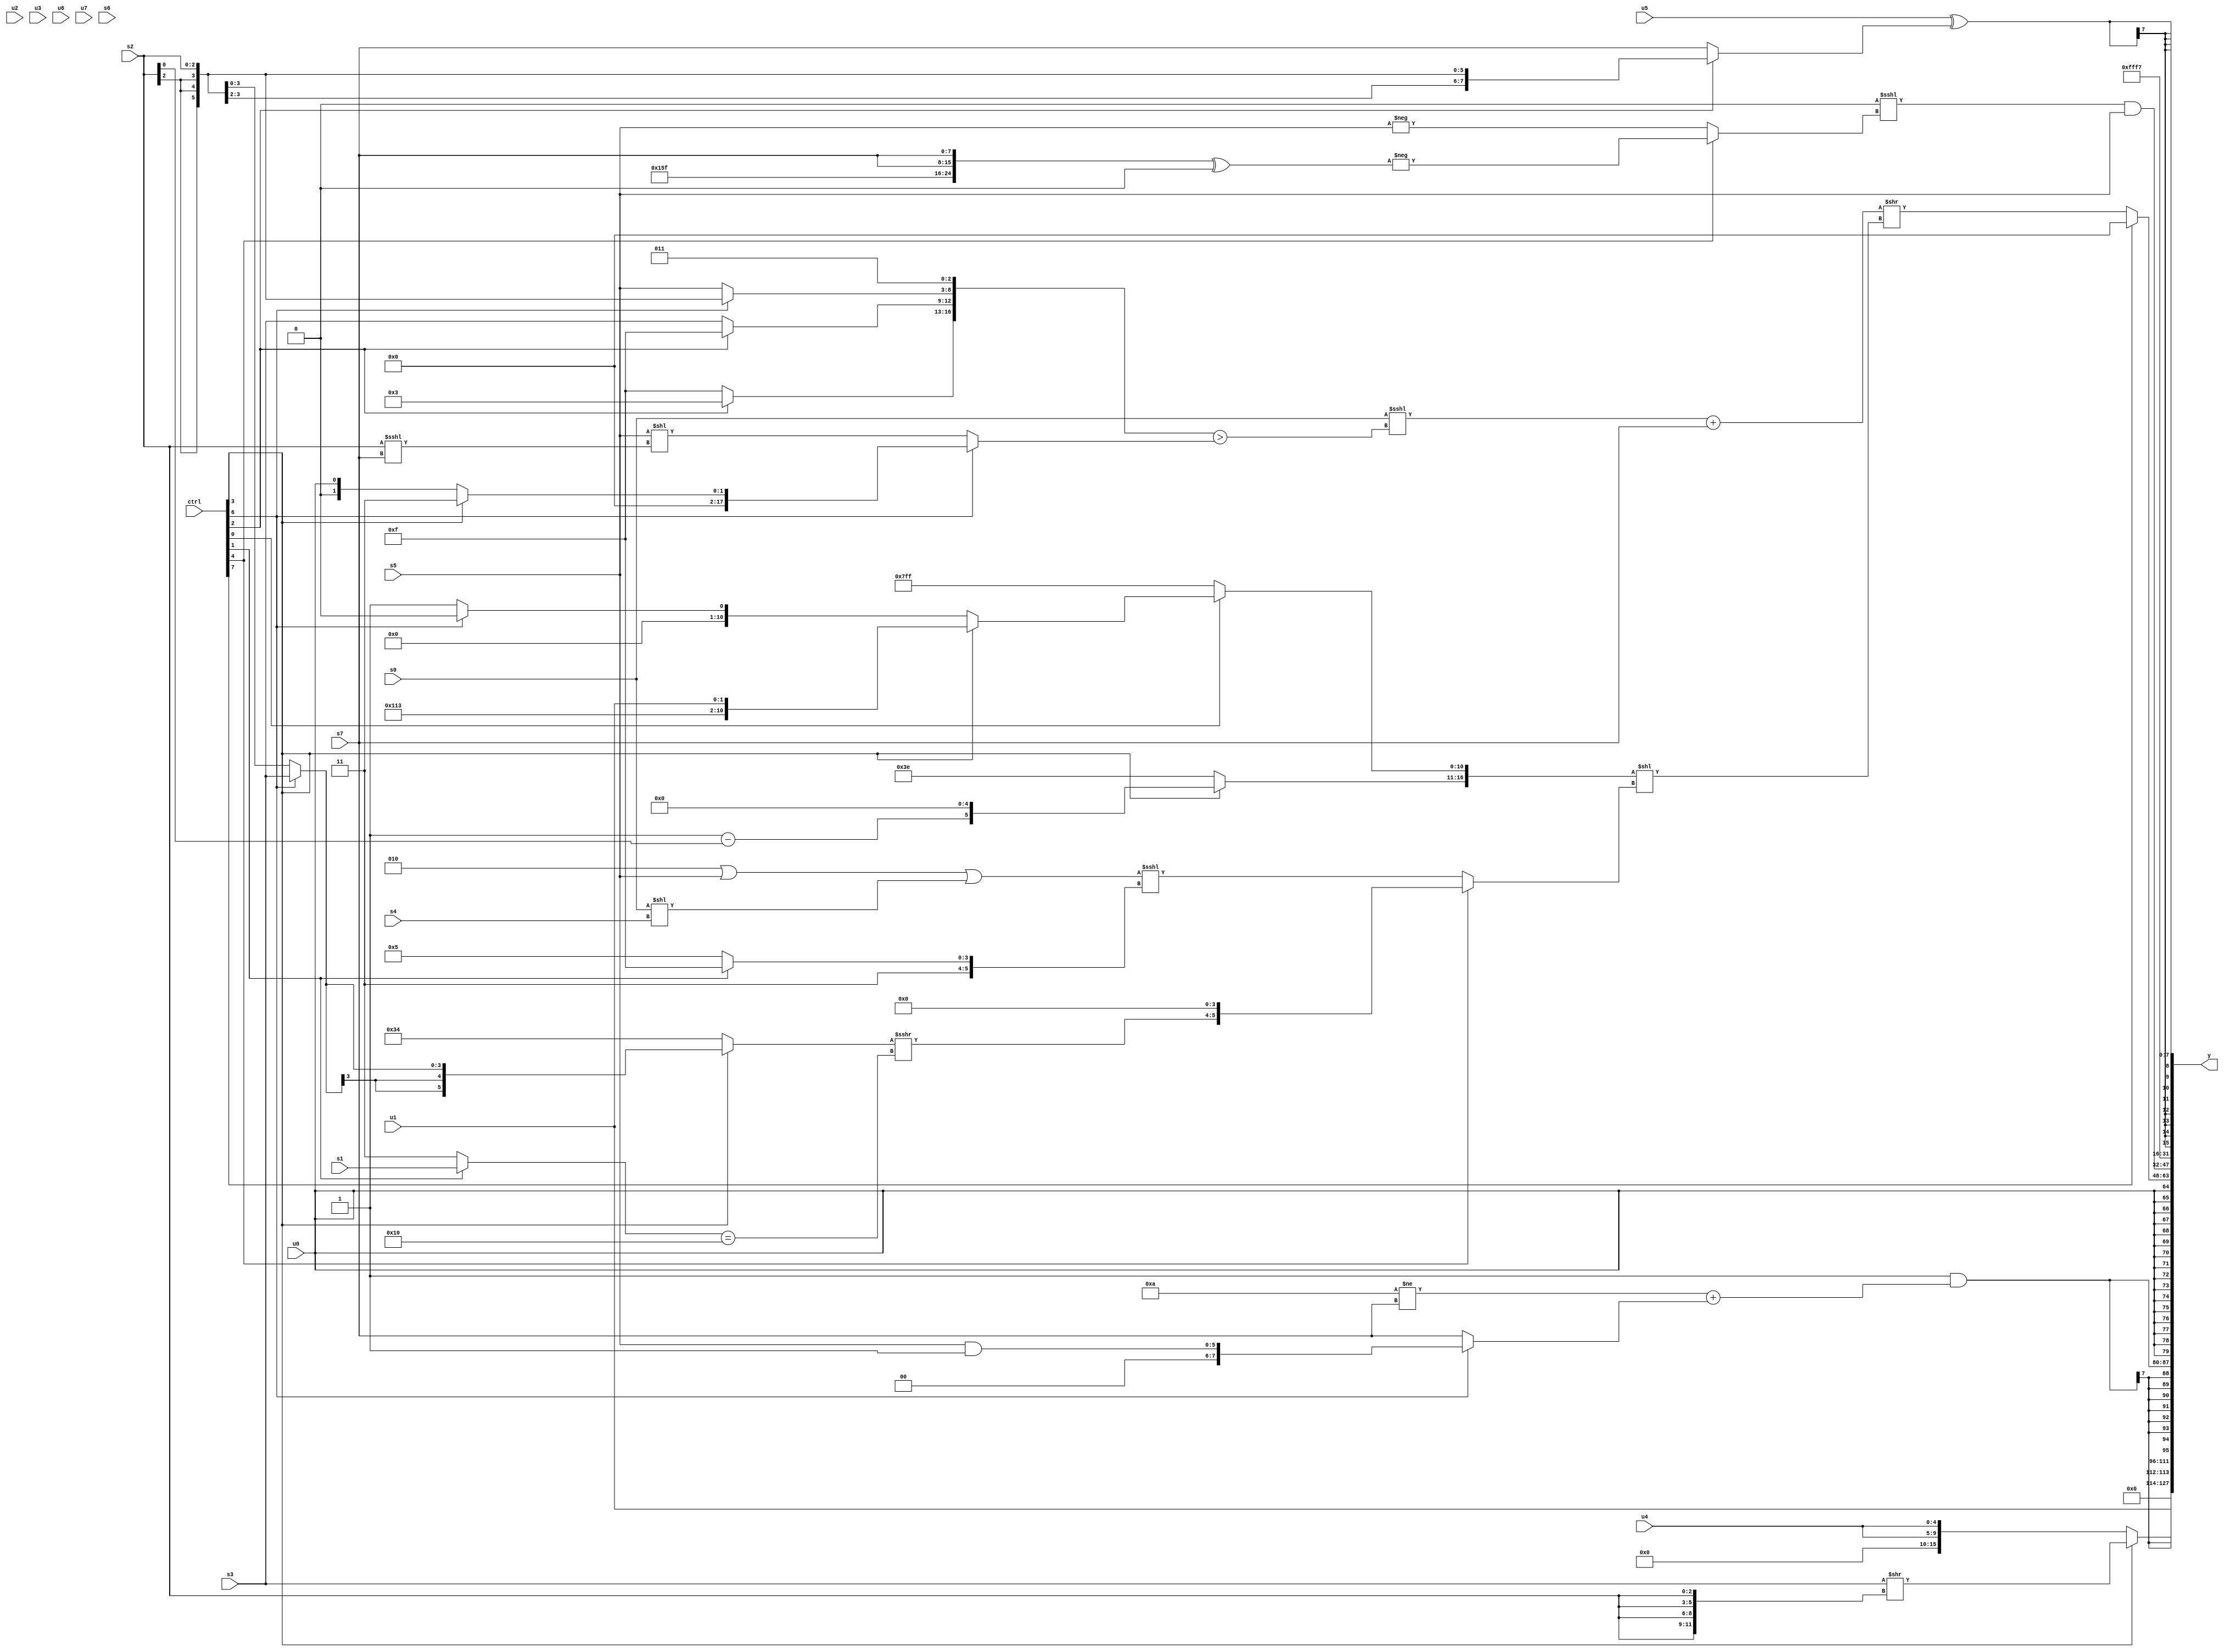
module wideexpr_00943(ctrl, u0, u1, u2, u3, u4, u5, u6, u7, s0, s1, s2, s3, s4, s5, s6, s7, y);
  input [7:0] ctrl;
  input [0:0] u0;
  input [1:0] u1;
  input [2:0] u2;
  input [3:0] u3;
  input [4:0] u4;
  input [5:0] u5;
  input [6:0] u6;
  input [7:0] u7;
  input signed [0:0] s0;
  input signed [1:0] s1;
  input signed [2:0] s2;
  input signed [3:0] s3;
  input signed [4:0] s4;
  input signed [5:0] s5;
  input signed [6:0] s6;
  input signed [7:0] s7;
  output [127:0] y;
  wire [15:0] y0;
  wire [15:0] y1;
  wire [15:0] y2;
  wire [15:0] y3;
  wire [15:0] y4;
  wire [15:0] y5;
  wire [15:0] y6;
  wire [15:0] y7;
  assign y = {y0,y1,y2,y3,y4,y5,y6,y7};
  assign y0 = u1;
  assign y1 = (ctrl[3]?(s3)>>({4{s2}}):{2{+(u4)}});
  assign y2 = $signed((1'sb1)&((+(((5'sb11010)!=(s7))!=(~^(5'sb01011))))+((ctrl[6]?(s5)&(1'sb1):s7))));
  assign y3 = $signed(u0);
  assign y4 = (ctrl[7]?((((((((ctrl[3]?6'sb101001:3'sb001))>>($signed(2'sb11)))|(s5))<<<(s1))>>({2'b10,~&((ctrl[6]?(s4)!=(5'sb11000):s2)),$signed(s2),(ctrl[3]?5'sb11111:+({u3,u3}))}))<<<((ctrl[0]?($signed(((4'sb0001)+(5'sb10111))==((ctrl[1]?1'sb0:s7))))<<((((s2)<<<(s3))<<(5'sb01011))==(1'sb1)):($signed(((ctrl[2]?s1:4'sb1001))^($signed(2'sb11))))&($signed({1{+(4'b0100)}})))))>>(4'sb0010))<<(6'sb101100):(((s0)<<<(($signed($unsigned({(ctrl[2]?3'sb011:5'sb01111),(ctrl[2]?2'sb11:s3),(ctrl[6]?s2:s5),$signed(3'sb011)})))>((ctrl[6]?+((ctrl[3]?$signed(3'b011):(ctrl[3]?u5:u0))):(s5)<<(+((s2)<<<(s7)))))))+(s7))>>({1{({$signed((ctrl[3]?((1'sb1)-(s2))<<<($signed(3'sb101)):$signed($signed(6'b111110)))),(ctrl[0]?$signed((ctrl[3]?{4'sb1000,5'sb10011,u1}:(ctrl[6]?3'sb000:3'b001))):1'sb1)})<<((ctrl[4]?(((ctrl[3]?(ctrl[6]?s3:s2):5'sb10100))>>>(((ctrl[1]?s1:2'sb11))==($signed(5'b10000))))<<(3'sb100):(+(((4'sb0010)|(s5))|((s0)<<(s4))))<<<((ctrl[1]?$signed(2'b11):+($signed(6'sb110101))))))}}));
  assign y5 = ((1'sb0)<<<((ctrl[4]?-(({6'sb010101,4'b1111,s7,s7})^((3'b011)>(6'sb000110))):+(-(s5)))))&($signed(s5));
  assign y6 = 5'sb10111;
  assign y7 = ($signed(u5))^((ctrl[2]?s2:s7));
endmodule